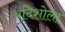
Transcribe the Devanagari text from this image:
बंदिशोला